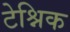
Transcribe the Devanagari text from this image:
टेश्निक